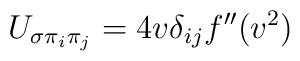
U_{\sigma\pi_i\pi_j}= 4v \delta_{ij} f^{\prime\prime}(v^2)